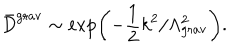
LaTeX: { \bar { D } } ^ { \mathrm { g r a v } } \sim \exp \biggl ( - \frac { 1 } { 2 } k ^ { 2 } / \Lambda _ { \mathrm { g r a v } } ^ { 2 } \biggr ) .